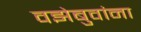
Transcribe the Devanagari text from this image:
वझेबुवांना